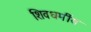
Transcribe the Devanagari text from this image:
शिवधर्मीय